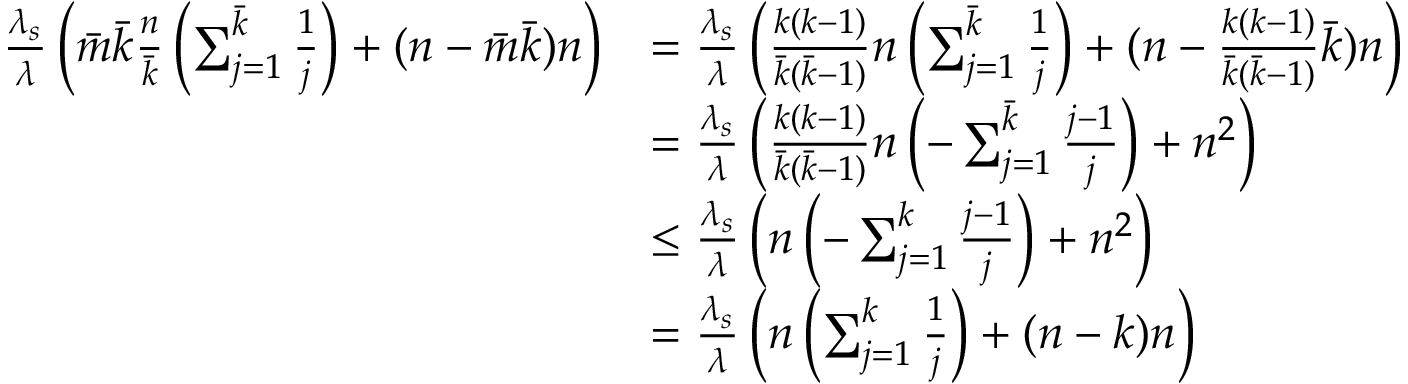
\begin{array} { r l } { \frac { \lambda _ { s } } { \lambda } \left( \Bar { m } \Bar { k } \frac { n } { \Bar { k } } \left( \sum _ { j = 1 } ^ { \Bar { k } } \frac { 1 } { j } \right) + ( n - \Bar { m } \Bar { k } ) n \right) } & { = \frac { \lambda _ { s } } { \lambda } \left( \frac { k ( k - 1 ) } { \Bar { k } ( \Bar { k } - 1 ) } n \left( \sum _ { j = 1 } ^ { \Bar { k } } \frac { 1 } { j } \right) + ( n - \frac { k ( k - 1 ) } { \Bar { k } ( \Bar { k } - 1 ) } \Bar { k } ) n \right) } \\ & { = \frac { \lambda _ { s } } { \lambda } \left( \frac { k ( k - 1 ) } { \Bar { k } ( \Bar { k } - 1 ) } n \left( - \sum _ { j = 1 } ^ { \Bar { k } } \frac { j - 1 } { j } \right) + n ^ { 2 } \right) } \\ & { \leq \frac { \lambda _ { s } } { \lambda } \left( n \left( - \sum _ { j = 1 } ^ { k } \frac { j - 1 } { j } \right) + n ^ { 2 } \right) } \\ & { = \frac { \lambda _ { s } } { \lambda } \left( n \left( \sum _ { j = 1 } ^ { k } \frac { 1 } { j } \right) + ( n - k ) n \right) } \end{array}